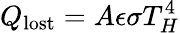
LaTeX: Q_{\mathrm{lost}}=A\epsilon\sigma T_{H}^{4}